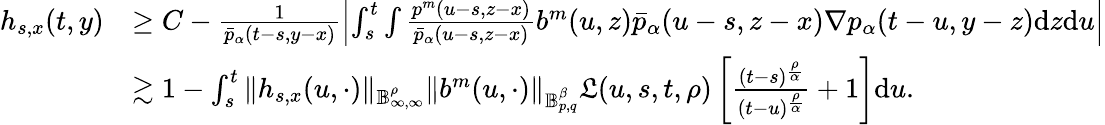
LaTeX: \begin{array}{rl}{h_{s,x}(t,y)}&{\geq C-\frac{1}{\bar{p}_{\alpha}(t-s,y-x)}\left|\int_{s}^{t}\int\frac{p^{m}(u-s,z-x)}{\bar{p}_{\alpha}(u-s,z-x)}b^{m}(u,z)\bar{p}_{\alpha}(u-s,z-x)\nabla p_{\alpha}(t-u,y-z)\mathrm{d}z\mathrm{d}u\right|}\\ &{\gtrsim 1-\int_{s}^{t}\Vert h_{s,x}(u,\cdot)\Vert_{\mathbb{B}_{\infty,\infty}^{\rho}}\Vert b^{m}(u,\cdot)\Vert_{\mathbb{B}_{p,q}^{\beta}}\mathfrak{L}(u,s,t,\rho)\left[\frac{(t-s)^{\frac{\rho}{\alpha}}}{(t-u)^{\frac{\rho}{\alpha}}}+1\right]\mathrm{d}u.}\end{array}